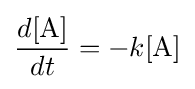
{\frac {d[{\rm {A}}]}{dt}}=-k[{\rm {A}}]